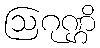
ဩဂုဏ္ဌိ